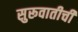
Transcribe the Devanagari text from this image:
सुरूवातीची